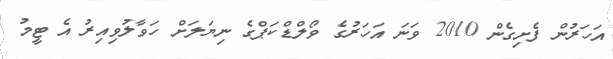
އަހަރުން ފެށިގެން 2010 ވަނަ އަހަރުގެ ވޯލްޑްކަޕްގެ ނިޔަލަށް ހަވާލުވިއިރު އެ ޓީމު